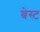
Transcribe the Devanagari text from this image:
श्रेस्ट